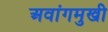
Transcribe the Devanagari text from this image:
अवांगमुखी